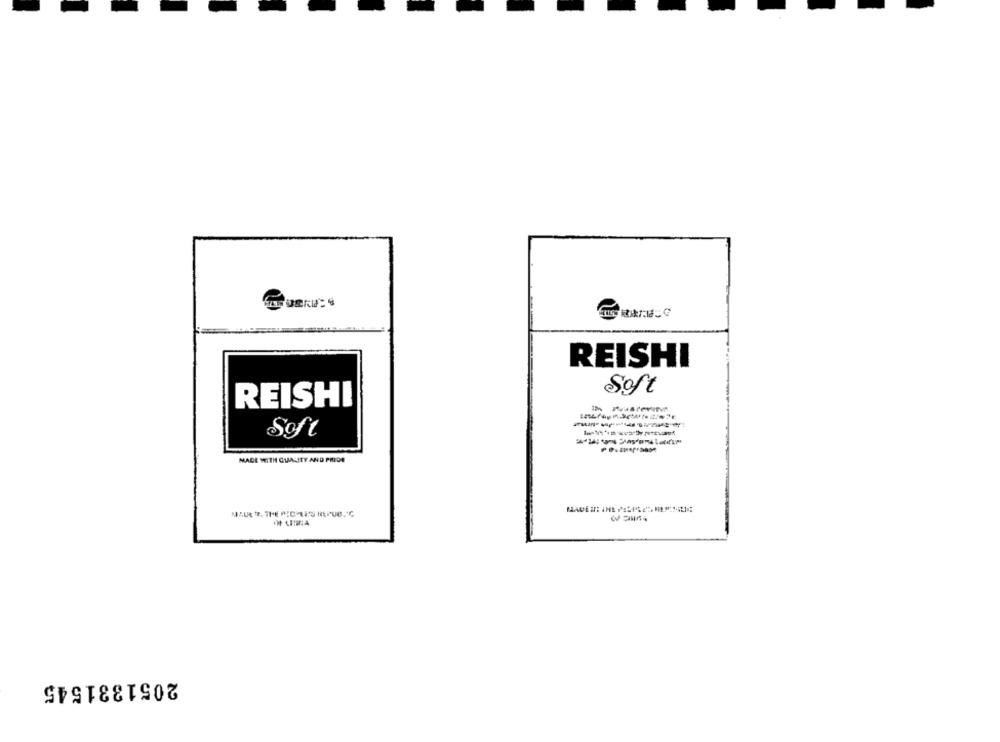
REISHI
Soft
REISHI
Soft
MAGE WITH QUALITY AND PRIDE
MAUE TE. THE PICHLES HIEPUB. C
** LIMA
2051331545